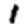
Digit: 1